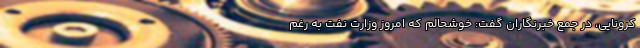
کرونایی، در جمع خبرنگاران گفت: خوشحالم که امروز وزارت نفت به رغم